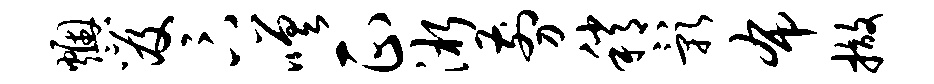
燠笈卞嗟正淅剪稍影布撤